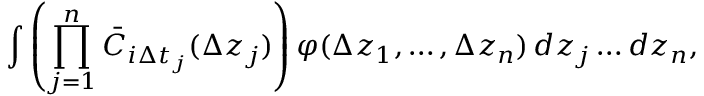
\int \left( \prod _ { j = 1 } ^ { n } \bar { C } _ { i \Delta t _ { j } } ( \Delta z _ { j } ) \right) \varphi ( \Delta z _ { 1 } , \ldots , \Delta z _ { n } ) \mathop { } \! { d { z _ { j } } \ldots d { z _ { n } } } ,